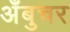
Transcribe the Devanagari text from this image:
अँबुचर